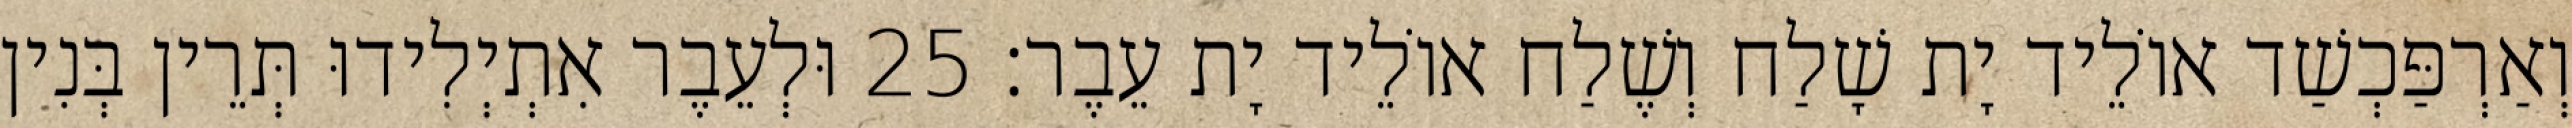
וְאַרְפַּכְשַׁד אוֹלֵיד יָת שָׁלַח וְשֶׁלַח אוֹלֵיד יָת עֵבֶר׃ 25 וּלְעֵבֶר אִתְיְלִידוּ תְּרֵין בְּנִין